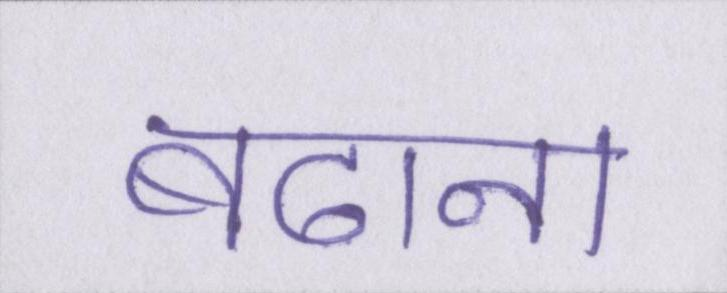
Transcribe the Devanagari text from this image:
बढाना